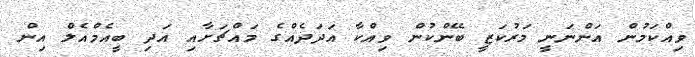
ވިއްކަމުން އަންނަނީ މަރުކަޒީ ބޭންކުން ވިއްކާ އަދަދެއްގެ މައްޗަށާއި އަދި ބީއެމްއެލް އިން